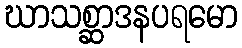
ဃာသစ္ဆာဒနပရမော